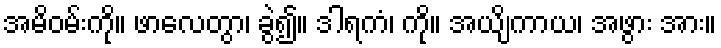
အမိဝမ်းကို။ ဖာလေတွာ၊ ခွဲ၍။ ဒါရကံ၊ ကို။ အယျိကာယ၊ အဖွား အား။